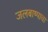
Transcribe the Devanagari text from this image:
जलबाष्पाचा